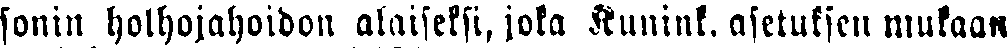
sonin holhojahoidon alaiseksi, joka Kunink. asetuksen mukaan